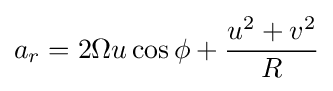
a_{r}=2\Omega u\cos \phi +{\frac {u^{2}+v^{2}}{R}}